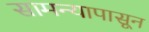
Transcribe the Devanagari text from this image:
सामन्यापासून